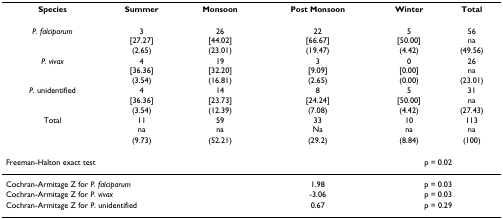
<table><thead><tr><td><b>Species</b></td><td><b>Summer</b></td><td><b>Monsoon</b></td><td><b>Post Monsoon</b></td><td><b>Winter</b></td><td><b>Total</b></td></tr></thead><tbody><tr><td><i>P. falciparum</i></td><td>3[27.27]</td><td>26[44.02]</td><td>22[66.67]</td><td>5[50.00]</td><td>56na</td></tr><tr><td></td><td>(2.65)</td><td>(23.01)</td><td>(19.47)</td><td>(4.42)</td><td>(49.56)</td></tr><tr><td><i>P. vivax</i></td><td>4[36.36]</td><td>19[32.20]</td><td>3[9.09]</td><td>0[0.00]</td><td>26na</td></tr><tr><td></td><td>(3.54)</td><td>(16.81)</td><td>(2.65)</td><td>(0.00)</td><td>(23.01)</td></tr><tr><td><i>P</i>. unidentified</td><td>4[36.36]</td><td>14[23.73]</td><td>8[24.24]</td><td>5[50.00]</td><td>31na</td></tr><tr><td></td><td>(3.54)</td><td>(12.39)</td><td>(7.08)</td><td>(4.42)</td><td>(27.43)</td></tr><tr><td>Total</td><td>11na</td><td>59na</td><td>33Na</td><td>10na</td><td>113na</td></tr><tr><td></td><td>(9.73)</td><td>(52.21)</td><td>(29.2)</td><td>(8.84)</td><td>(100)</td></tr><tr><td colspan="3">Freeman-Halton exact test</td><td></td><td colspan="2">p = 0.02</td></tr><tr><td colspan="3">Cochran-Armitage Z for <i>P. falciparum</i></td><td>1.98</td><td colspan="2">p = 0.03</td></tr><tr><td colspan="3">Cochran-Armitage Z for <i>P. vivax</i></td><td>-3.06</td><td colspan="2">p = 0.03</td></tr><tr><td colspan="3">Cochran-Armitage Z for <i>P</i>. unidentified</td><td>0.67</td><td colspan="2">p = 0.29</td></tr></tbody></table>